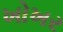
ખોખર